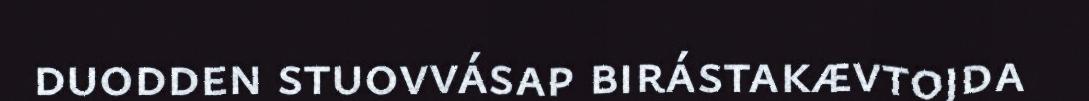
duodden stuovvásap birástakævtojda